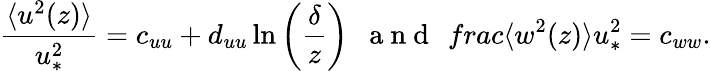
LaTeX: \frac{\langle u^{2}(z)\rangle}{u_{\ast}^{2}}=c_{uu}+d_{uu}\ln\left(\frac{\delta}{z}\right)\ \ \mathrm{~a~n~d~}\ \, frac{\langle w^{2}(z)\rangle}{u_{\ast}^{2}}=c_{ww}.